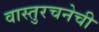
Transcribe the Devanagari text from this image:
वास्तुरचनेची